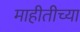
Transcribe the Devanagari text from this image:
माहीतीच्या